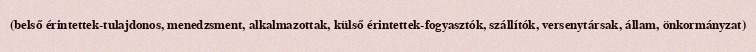
(belső érintettek-tulajdonos, menedzsment, alkalmazottak, külső érintettek-fogyasztók, szállítók, versenytársak, állam, önkormányzat)